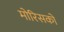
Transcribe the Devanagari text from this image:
मोरिसको